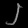
Digit: ၂